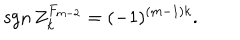
LaTeX: \mathrm { s g n } \, { Z } _ { k } ^ { F _ { m - 2 } } = ( - 1 ) ^ { ( m - 1 ) k } .